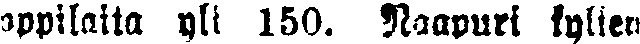
oppilaita yli 150. Naapuri kylien